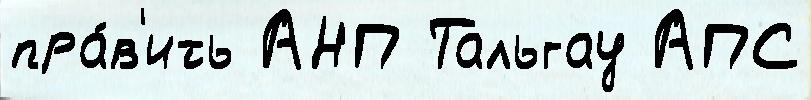
пра́в'ить АНП Тальгау АПС